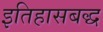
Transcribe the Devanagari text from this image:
इतिहासबद्ध